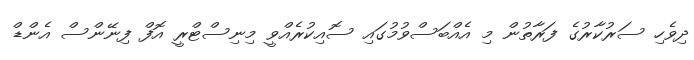
ދިވެހި ސަރުކާރުގެ ފަރާތުން މި އެއްބަސްވުމުގައި ސޮއިކުރެއްވީ މިނިސްޓްރީ އޮފް ފިނޭންސް އެންޑް